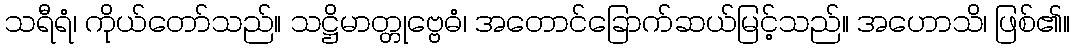
သရီရံ၊ ကိုယ်တော်သည်။ သဋ္ဌိမာတ္တုဗ္ဗေဓံ၊ အတောင်ခြောက်ဆယ်မြင့်သည်။ အဟောသိ၊ ဖြစ်၏။